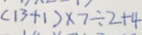
( 1 3 + 1 ) \times 7 \div 2 + 4